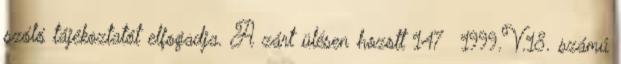
szóló tájékoztatót elfogadja. A zárt ülésen hozott 147 1999.V.18. számú